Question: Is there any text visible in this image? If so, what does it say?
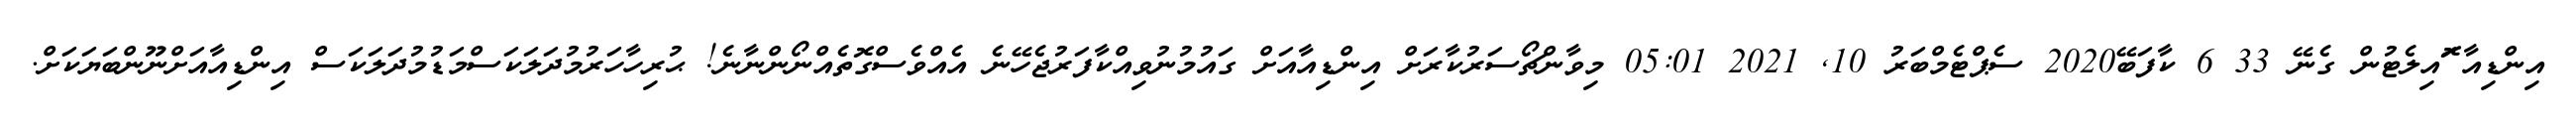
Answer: އިންޑިއާ ޮައިލެޓުން ގެނޭ 33 6 ކާފަބޭ2020 ސެޕްޓެމްބަރު 10, 2021 05:01 މިވާންޗޯސަރުކާރަށް އިންޑިއާއަށް ގައުމުނުވިއްކާފަރުޖެހޭނެ އެއްވެސްގޮތެއްނޯންނާނެ! ޙުރިހާހަރުމުދަލަކަސްމަޑުމުދަލަކަސް އިންޑިއާއަށްނޫންބަޔަކަށް.